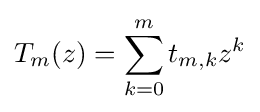
T_{m}(z)=\sum _{k=0}^{m}t_{m,k}z^{k}